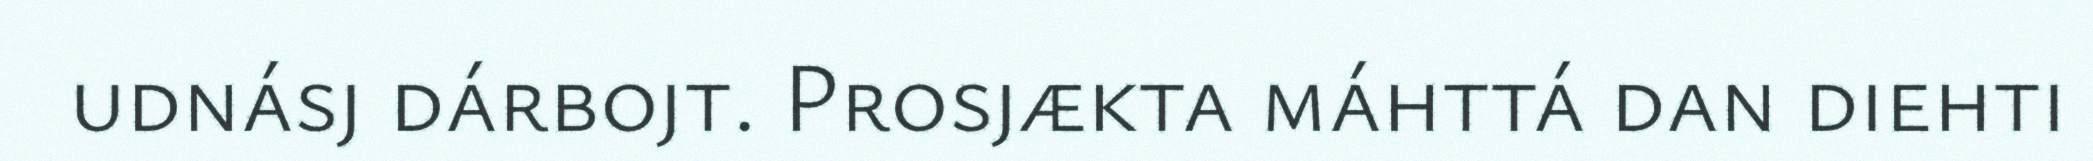
udnásj dárbojt. Prosjækta máhttá dan diehti